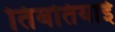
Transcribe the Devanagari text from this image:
तिबतियाई